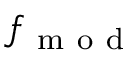
f _ { \mathrm { ~ m ~ o ~ d ~ } }